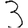
Digit: 3